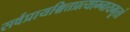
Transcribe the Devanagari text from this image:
सर्वप्रायश्चित्तप्रत्याम्नायभूतां